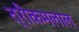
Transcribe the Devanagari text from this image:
त्रीकमलाल